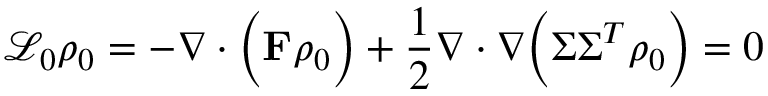
\mathcal { L } _ { 0 } \rho _ { 0 } = - \nabla \cdot \Big ( \mathbf { F } \rho _ { 0 } \Big ) + \frac { 1 } { 2 } \nabla \cdot \nabla \Big ( \boldsymbol { \Sigma } \boldsymbol { \Sigma } ^ { T } \rho _ { 0 } \Big ) = 0